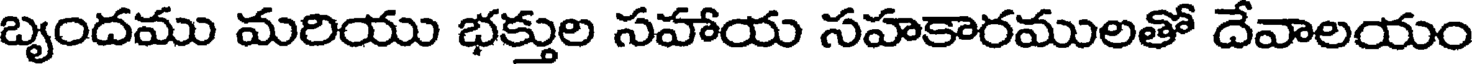
బృందము మరియు భక్తుల సహాయ సహకారములతో దేవాలయం